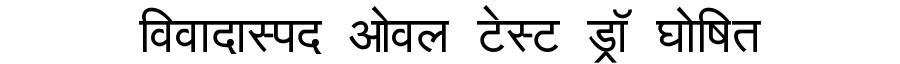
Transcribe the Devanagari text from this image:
विवादास्पद ओवल टेस्ट ड्रॉ घोषित